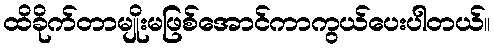
ထိခိုက်တာမျိုးမဖြစ်အောင်ကာကွယ်ပေးပါတယ်။